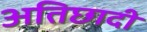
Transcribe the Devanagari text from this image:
अतिछादी